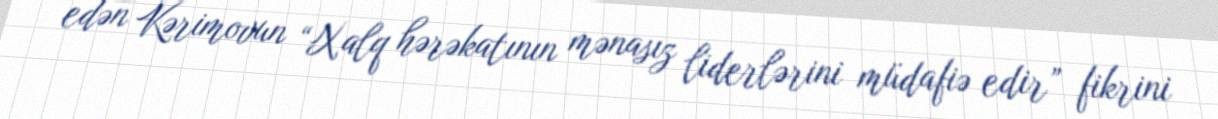
edən Kərimovun “Xalq hərəkatının mənasız liderlərini müdafiə edir” fikrini